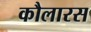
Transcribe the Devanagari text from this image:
कौलारस